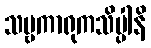
သဗ္ဗကာရုကသိပ္ပါနိ